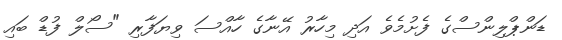
ޑަންޕްލިންސްގެ ފެށުމެވެ އަދި މިހާރު އޭނާގެ ހާއްސަ ވިޔަފާރި "ސޯލް ފުޑް ބައި